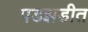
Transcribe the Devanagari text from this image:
पडझडीत